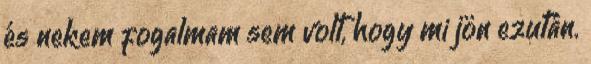
és nekem fogalmam sem volt, hogy mi jön ezután.